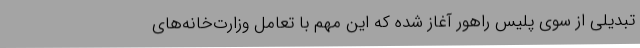
تبدیلی از سوی پلیس راهور آغاز شده که این مهم با تعامل وزارت‌خانه‌های